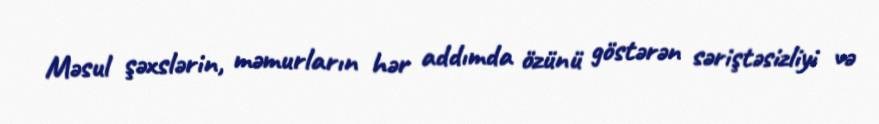
Məsul şəxslərin, məmurların hər addımda özünü göstərən səriştəsizliyi və